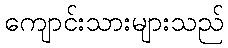
ကျောင်းသားများသည်